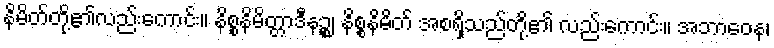
နိမိတ်တို့၏လည်းကောင်း။ နိစ္စနိမိတ္တာဒီနဉ္စ၊ နိစ္စနိမိတ် အစရှိသည်တို့၏ လည်းကောင်း။ အဘာဝေန၊